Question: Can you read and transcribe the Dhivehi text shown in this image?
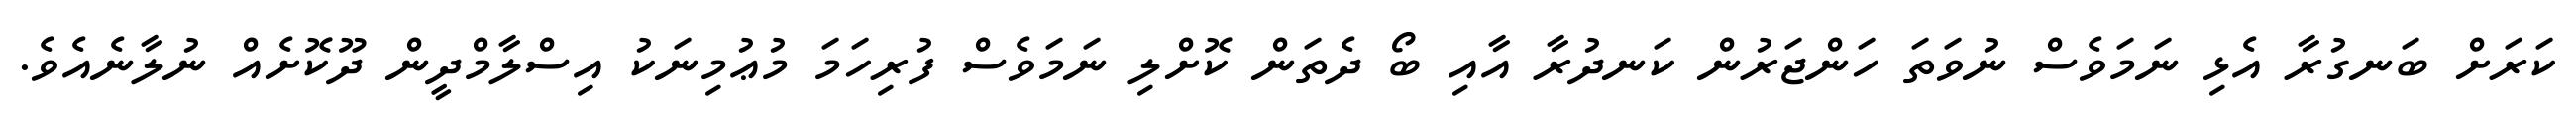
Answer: ކަރަށް ބަނގުރާ އެޅި ނަމަވެސް ނުވަތަ ހަންޖަރުން ކަނދުރާ އާއި ބޯ ދެތަން ކޮށްލި ނަމަވެސް ފުރިހަމަ މުޢުމިނަކު އިސްލާމްދީން ދޫކޮށެއް ނުލާނެއެވެ.